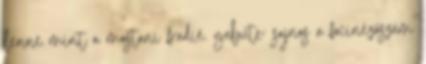
lenne mint a mostani fradié. gabute: sajnos a focinézőszám